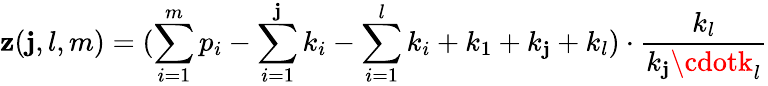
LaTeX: \mathbf{z}(\mathbf{j},l,m)=(\sum_{i=1}^{m}p_{i}-\sum_{i=1}^{\mathbf{j}}k_{i}-\sum_{i=1}^{l}k_{i}+k_{1}+k_{\mathbf{j}}+k_{l})\cdot\frac{{k_{l}}}{{k_{\mathbf{j}}\cdotk_{l}}}